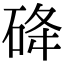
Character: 䂫